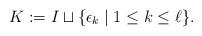
LaTeX: \begin{align*}K:=I \sqcup \{\epsilon_k \mid 1 \le k \le \ell\}.\end{align*}